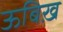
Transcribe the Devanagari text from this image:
ऊबिख़